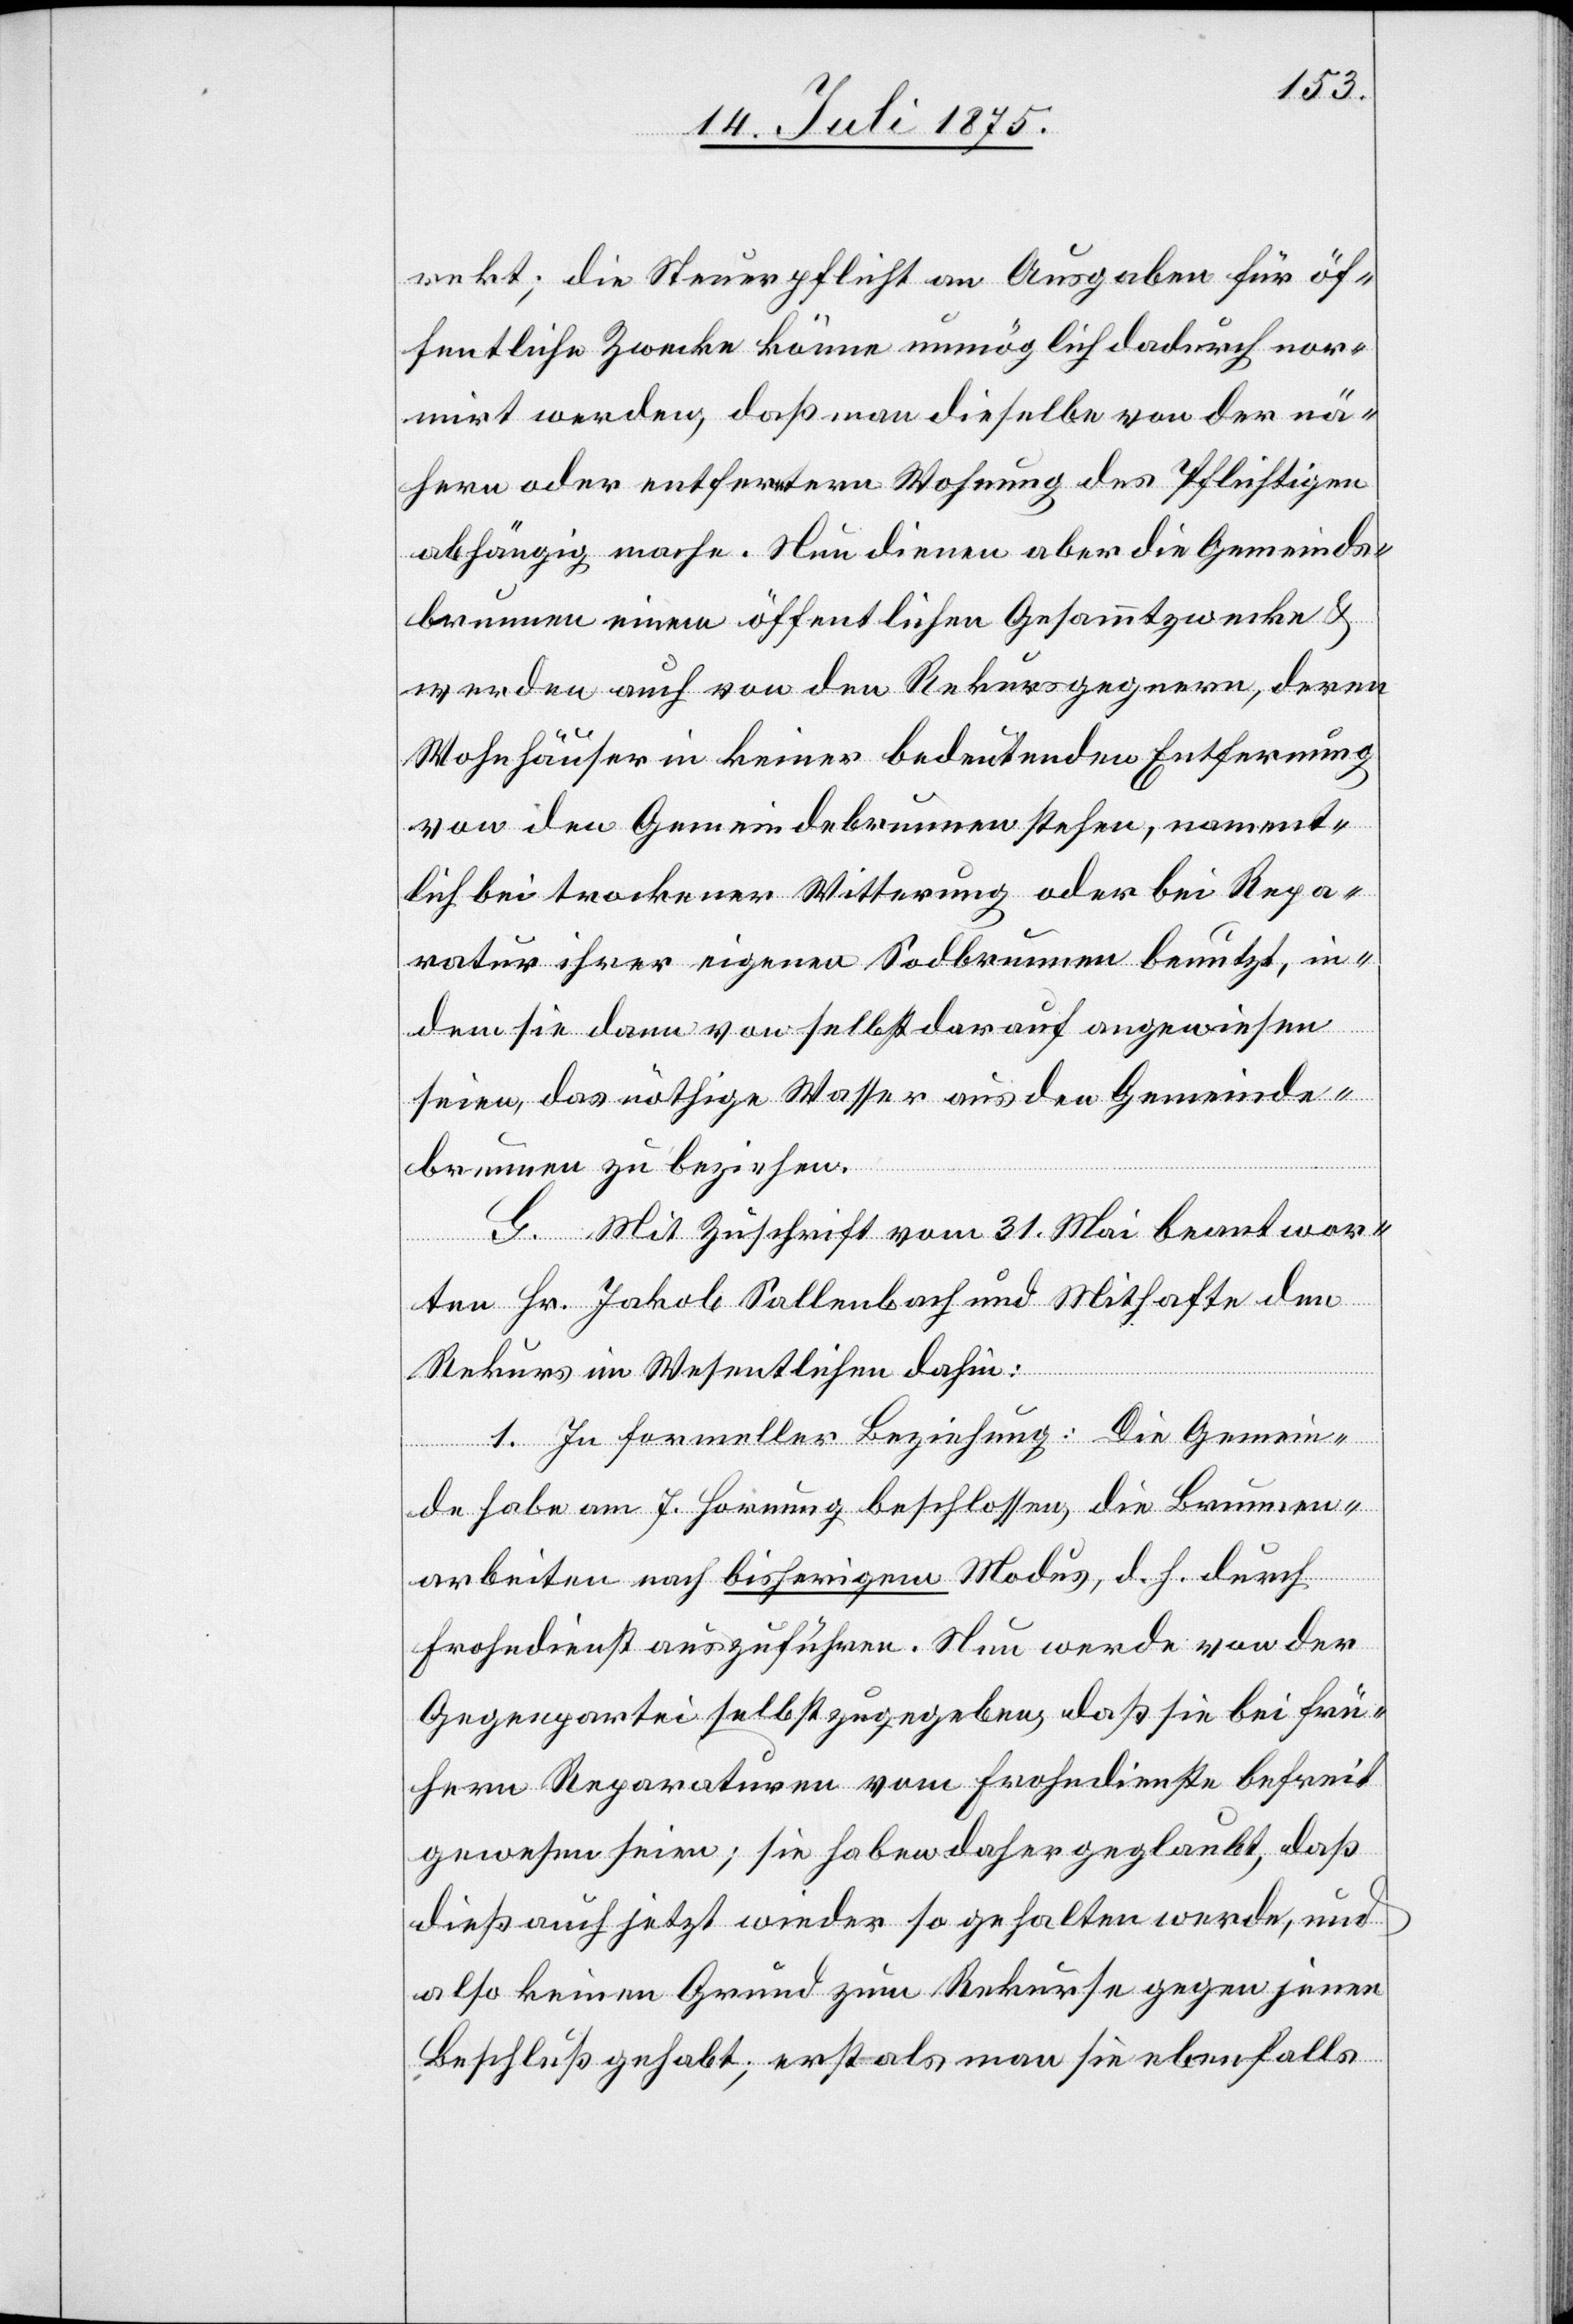
rekt; die Steuerpflicht an Ausgaben für öf¬
fentliche Zwecke könne unmöglich dadurch nor¬
mirt werden, daß man dieselbe von der nä¬
hern oder entferntern Wohnung des Pflichtigen
abhängig mache. Neu dienen aber die Gemeinds¬
brunnen einem öffentlichen Gesammtzwecke &
werden auch von den Rekursgegnern, deren
Wohnhäuser in keiner bedeutenden Entfernung
von den Gemeindebrunnen stehen, nament¬
lich bei trockener Witterung oder bei Repa¬
ratur ihrer eigenen Sodbrunnen benutzt, in¬
dem sie dann von selbst darauf angewiesen
seien, das nöthige Wasser aus den Gemeinde¬
brunnen zu beziehen.
G. Mit Zuschrift vom 31. Mai beantwor¬
tet Hr. Jakob Sallenbach und Mithafte den
Rekurs in Wesentlichen dahin:
1. In formeller Beziehung: Die Gemein¬
de habe am 7. Hornung beschlossen, die Brunnen¬
arbeiten nach bisherigem Modus, d. h. durch
Frohndienst auszuführen. Neu werde von der
Gegenpartei selbst zugegeben, daß sie bei frü¬
hrern Reparaturen vom Frohndienste befreit
gewesen seien; sie haben daher geglaubt, daß
dieß auch jetzt wieder so gehalten werde, und
also keinen Grund zum Rekurse gegen jenen
Beschluß gehabt, erst als man sie ebenfalls